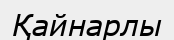
Қайнарлы